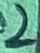
Text: 2